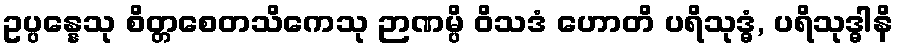
ဥပ္ပန္နေသု စိတ္တစေတသိကေသု ဉာဏမ္ပိ ဝိသဒံ ဟောတိ ပရိသုဒ္ဓံ, ပရိသုဒ္ဓါနိ